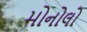
મોનોલો